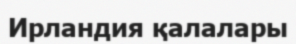
Ирландия қалалары